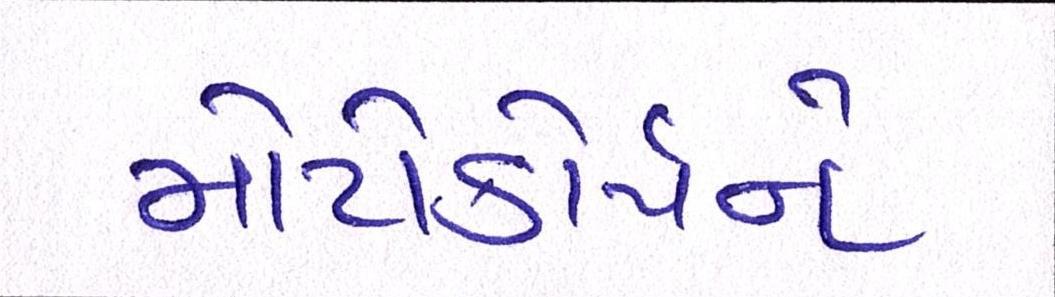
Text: મોટોકોર્પને